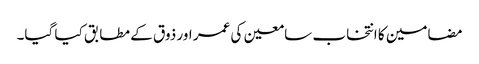
مضامین کا انتخاب سامعین کی عمر اور ذوق کے مطابق کیا گیا۔